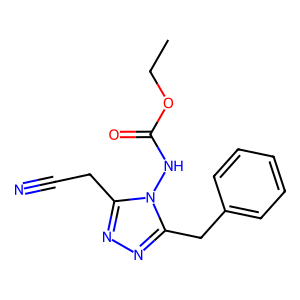
SMILES: CCOC(=O)Nn1c(CC#N)nnc1Cc1ccccc1
Inhibits HIV replication: No